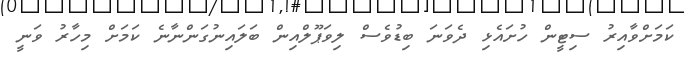
ކަމަށްވާއިރު ސިޓީން ހުށައެޅި ދެވަނަ ބިޑުވެސް ލިވަޕޫލްއިން ބަލައިނުގަންނާނެ ކަމަށް މިހާރު ވަނީ